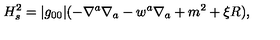
H _ { s } ^ { 2 } = | g _ { 0 0 } | ( - \nabla ^ { a } \nabla _ { a } - w ^ { a } \nabla _ { a } + m ^ { 2 } + \xi R ) ,